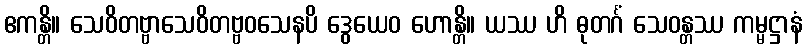
ဧကန္တိ။ သေဝိတဗ္ဗာသေဝိတဗ္ဗဝသေနပိ ဒွေယေဝ ဟောန္တိ။ ယဿ ဟိ ဓုတင်္ဂံ သေဝန္တဿ ကမ္မဋ္ဌာနံ